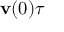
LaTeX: \mathbf { v } ( 0 ) \tau